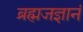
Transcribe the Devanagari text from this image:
ब्रह्मजज्ञानं